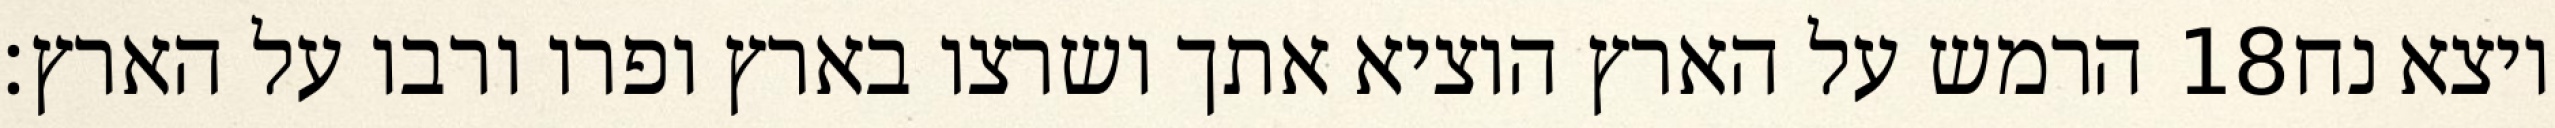
הרמש על הארץ הוציא אתך ושרצו בארץ ופרו ורבו על הארץ׃ ‎18‏ ויצא נח